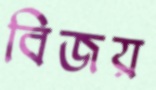
বিজয়